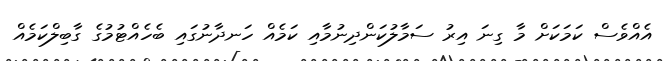
އެއްވެސް ކަމަކަށް މާ ގިނަ އިރު ސަމާލުކަންދިނުމާއި ކަމެއް ހަނދާނުގައި ބެހެއްޓުމުގެ ގާބިލްކަމެއް